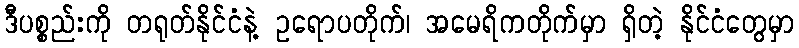
ဒီပစ္စည်းကို တရုတ်နိုင်ငံနဲ့ ဥရောပတိုက်၊ အမေရိကတိုက်မှာ ရှိတဲ့ နိုင်ငံတွေမှာ